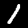
Digit: 1